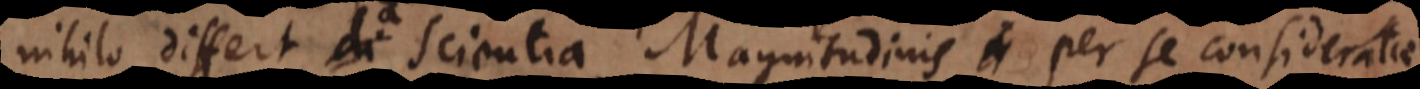
nihilo differt a scientia Magnitudinis per se consideratae